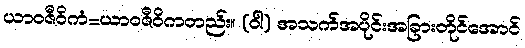
ယာဝဇီဝိကံ=ယာဝဇီဝိကတည်း။ (ဝါ) အသက်အပိုင်းအခြားတိုင်အောင်